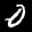
Label: 0